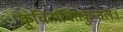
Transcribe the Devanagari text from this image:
कुंचितांचितकुन्तलः।